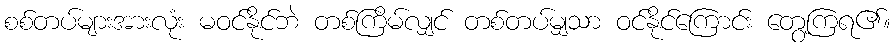
စစ်တပ်များအားလုံး မဝင်နိုင်ဘဲ တစ်ကြိမ်လျှင် တစ်တပ်မျှသာ ဝင်နိုင်ကြောင်း တွေ့ကြရ၏။